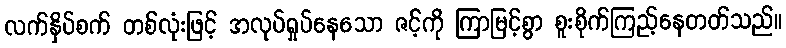
လက်နှိပ်စက် တစ်လုံးဖြင့် အလုပ်ရှုပ်နေသော ဇင့်ကို ကြာမြင့်စွာ စူးစိုက်ကြည့်နေတတ်သည်။